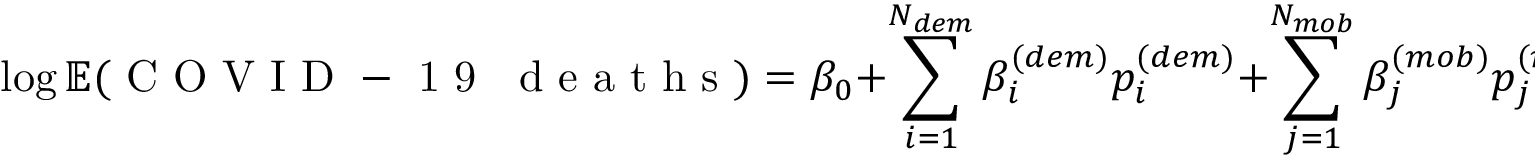
\log { \mathbb { E } ( \mathrm { ~ C ~ O ~ V ~ I ~ D ~ - ~ 1 ~ 9 ~ \; ~ d ~ e ~ a ~ t ~ h ~ s ~ } ) } = \beta _ { 0 } + \sum _ { i = 1 } ^ { N _ { d e m } } \beta _ { i } ^ { ( d e m ) } p _ { i } ^ { ( d e m ) } + \sum _ { j = 1 } ^ { N _ { m o b } } \beta _ { j } ^ { ( m o b ) } p _ { j } ^ { ( m o b ) } + \sum _ { k = 1 } ^ { N _ { e n v } } \beta _ { k } ^ { ( e n v ) } p _ { k } ^ { ( e n v ) }